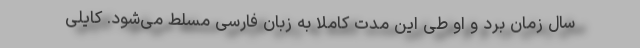
سال زمان برد و او طی این مدت کاملا به زبان فارسی مسلط می‌شود. کایلی